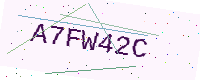
Text: A7FW42C